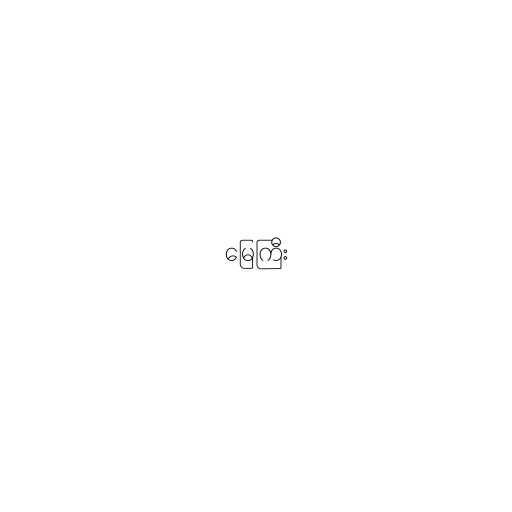
မြေကြီး